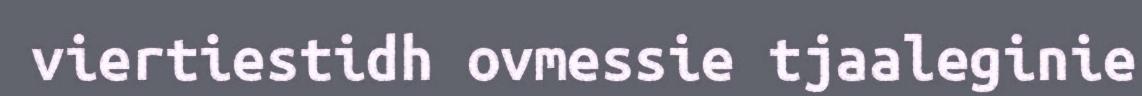
viertiestidh ovmessie tjaaleginie